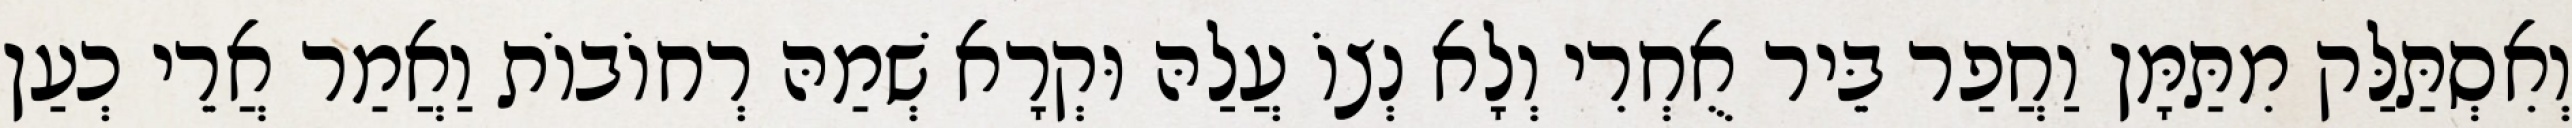
וְאִסְתַּלַּק מִתַּמָּן וַחֲפַר בֵּיר אֻחְרִי וְלָא נְצוֹ עֲלַהּ וּקְרָא שְׁמַהּ רְחוֹבוֹת וַאֲמַר אֲרֵי כְעַן